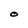
Character: O